Report on enteric fever
Disease focus: Fever
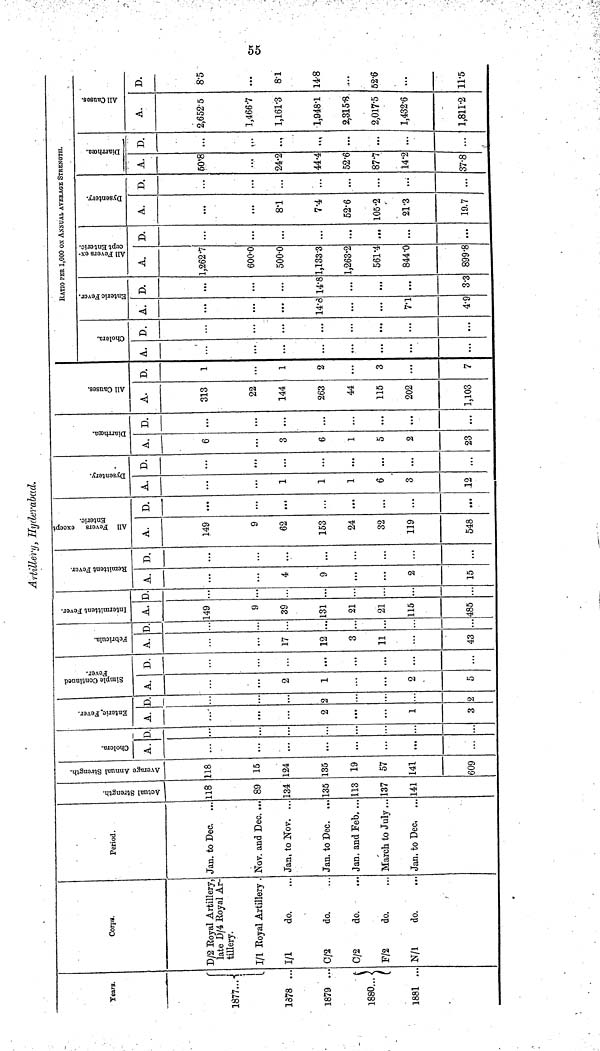
55
Artillery, Hyderabad.
Tears.
1877...
1878 ..
1879 ..
1880...}
1881 ..
Corps.
D/2 Royal Artillery,
late D/4 Royal Ar-
tillery.
I/1 Royal Artillery
I/1
do.
0/2
do.
0/2
do.
F/2
do.
N/1
do.
Period.
Jan. to Dec.
Nov. and Dec. ...
Jan, to Nov. ...
Jan. to Dec. ..
Jan. and Feb. ...
March to July...
Jan. to Dec,
Actual Strength.
118
89
134
135
113
137
141
Average Annual Strength.
118
15
124
135
19
57
141
609
Cholera.
A.
...
...
...
D.
...
..
...
Enteric Fever.
A.
...
2
1
3
D
..
2
..
2
Simple Continued Fever.
A.
2
1
2
5
D.
...
...
...
Febricula.
A.
17
12
3
11
43
D.
...
...
...
Intermittent Fever.
A.
149
9
39
131
21
21
115
485
D.
...
...
Remittent Fever.
A.
4
9
2
15
D,
...
...
...
...
All Fevers except
Enteric.
A.
149
9
62
153
24
32
119
548
D.
...
...
...
...
...
...
Dysentery.
A.
1
1
1
6
3
12
D.
...
...
..<
...
...
...
Diarrhœa.
A.
6
3
6
1
5
2
23
D.
...
...
...
...
...
All Causes.
A.
313
22
144
263
44
115
202
1,103
D.
1
1
2
3
...
7
Cholera.
A.
...
...
...
D.
...
...
...
RATIO PER 1,000 ON ANNUAL AVERA
Enteric Fever.
A.
14.3
7.1
4.9
D.
14.8
...
33
All Fevers except Enteric.
A.
1,262.7
600.0
500.0
1,133.3
1,263.2
561.4
844.0
899.8
D.
...
...
...
...
...
...
Dysentery.
A.
81
7.4
52.6
105.2
21.3
19.7
D.
...
...
...
...
...
...
Diarrhœa.
A.
50.8
24.2
44.4
52.6
87.7
14.2
37.8
D.
...
...
..1
. ..
...
...
...
All Causes.
A.
2,652.5
1,466.7
1,161.3
1,948.1
2,315.8
2,017.5
1,432.6
1,811.2
D.
8.5
...
81
14.8
52.6
...
11.5